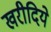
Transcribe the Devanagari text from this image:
खरीदिये